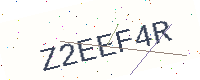
Text: Z2EEF4R